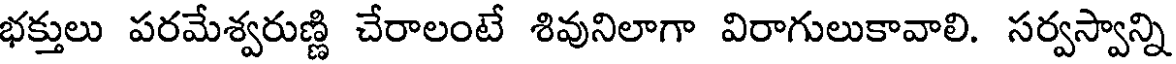
భక్తులు పరమేశ్వరుణ్ణి చేరాలంటే శివునిలాగా విరాగులుకావాలి. సర్వస్వాన్ని